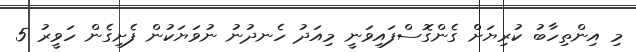
މި އިންތިހާބު ކުރިޔަށް ގެންގޮސްފައިވަނީ މިއަދު ހެނދުނު ނުވަޔަކުން ފެށިގެން ހަވީރު 5